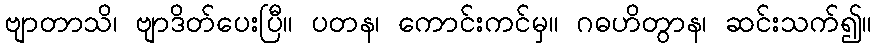
ဗျာတာသိ၊ ဗျာဒိတ်ပေးပြီ။ ပတန၊ ကောင်းကင်မှ။ ဂဓဟိတွာန၊ ဆင်းသက်၍။